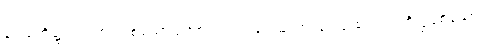
ရူပါရုံတို့၌။ သညာ၊ ဖြစ်သောသညာတည်း။ ရူပသညာ၊ ရူပါရုံ စသည် တို့၌ဖြစ်သော